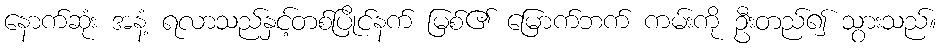
နောက်ဆုံး အနံ့ ရလာသည်နှင့်တစ်ပြိုင်နက် မြစ်၏ မြောက်ဘက် ကမ်းကို ဦးတည်၍ သွားသည်။